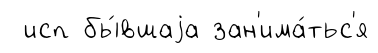
исп бы́вшаjа зан'има́тьс'я